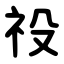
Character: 祋